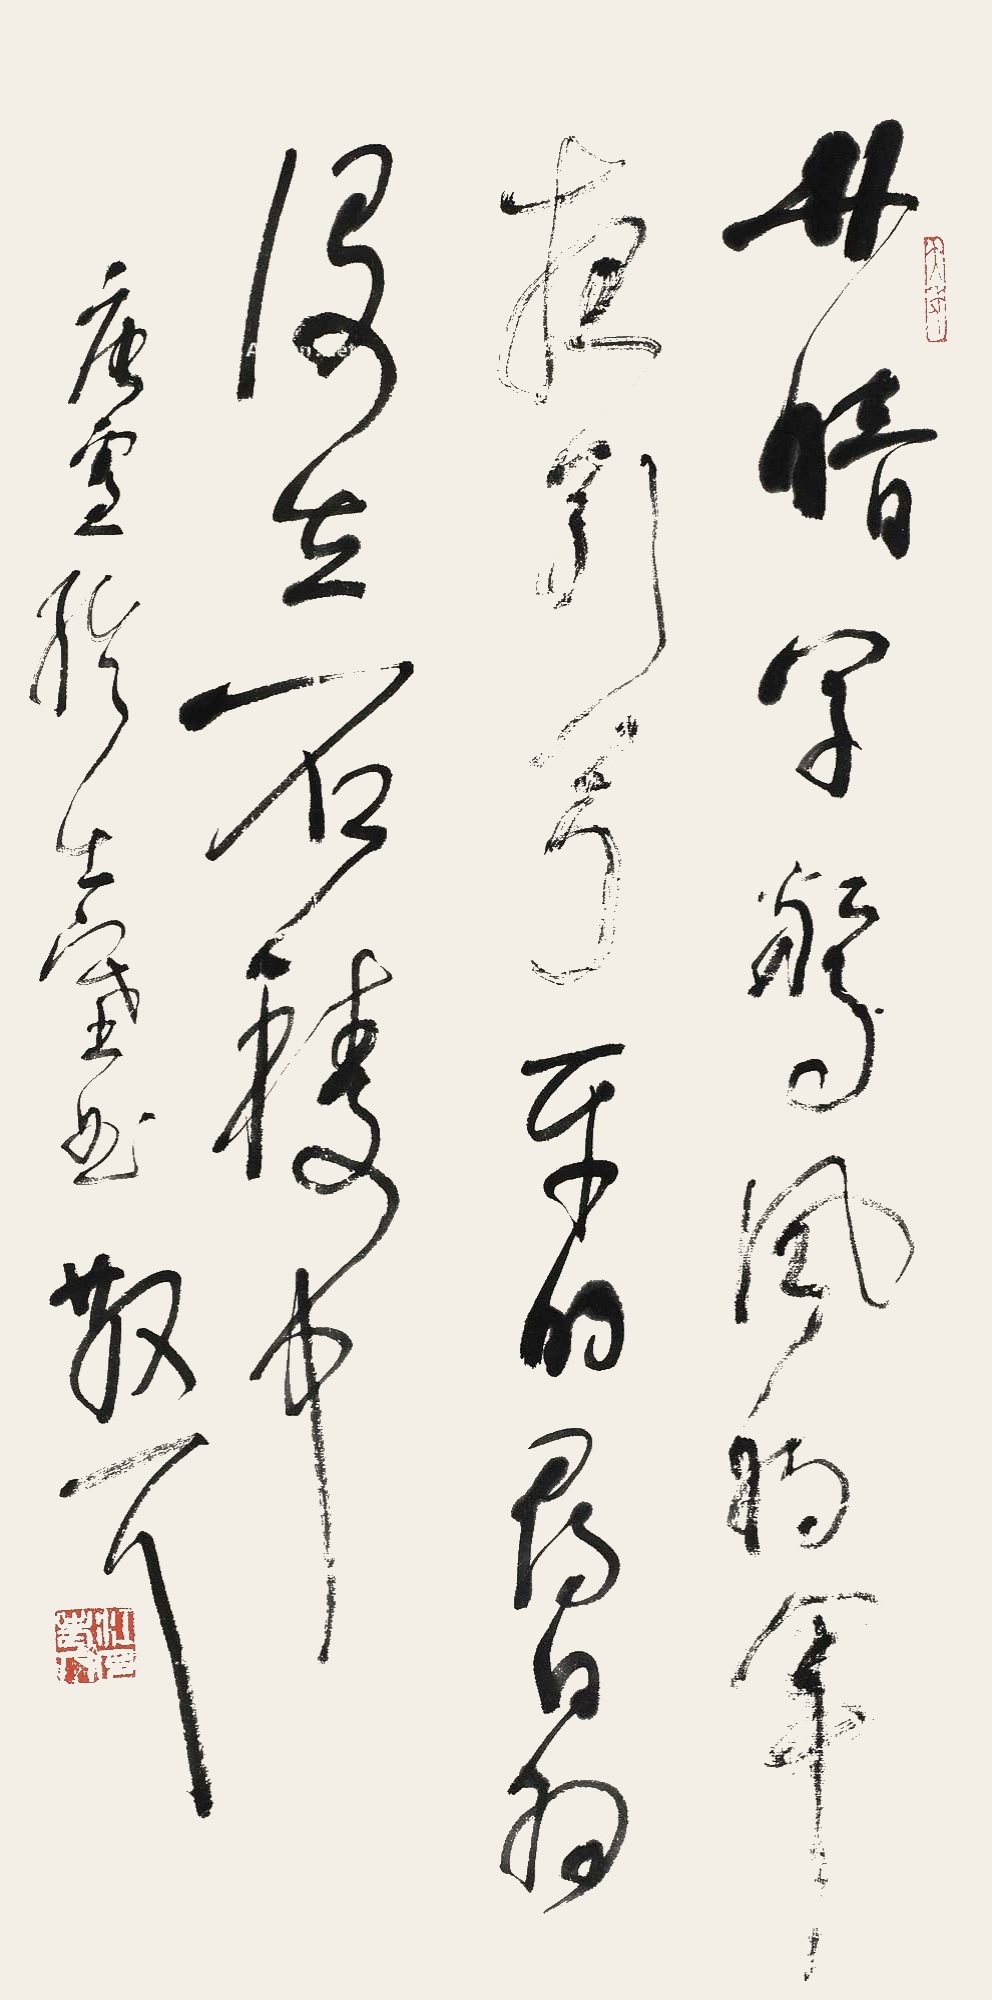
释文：林暗草惊风，将军夜引弓。平明寻白羽，没在石棱中。唐卢纶塞下曲，散耳。